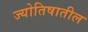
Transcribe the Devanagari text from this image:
ज्योतिषातील